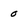
Character: 0